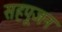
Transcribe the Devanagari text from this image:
सहपूजन